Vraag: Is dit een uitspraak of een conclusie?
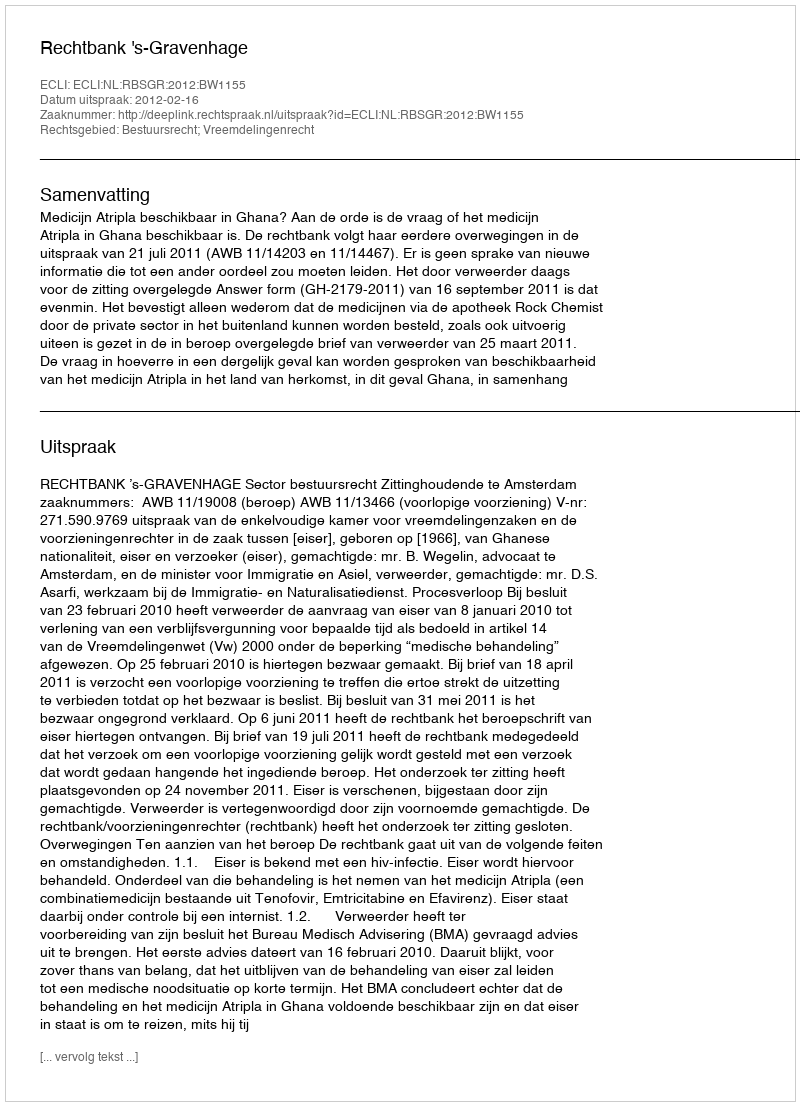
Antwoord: Uitspraak